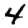
Digit: 4